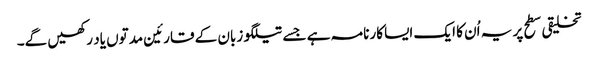
تخلیقی سطح پر یہ اُن کا ایک ایسا کارنامہ ہے جسے تیلگو زبان کے قارئین مدتوں یاد رکھیں گے۔